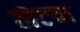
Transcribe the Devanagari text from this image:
लेटवा